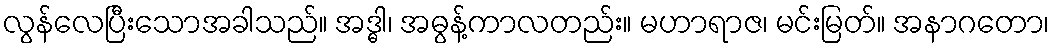
လွန်လေပြီးသောအခါသည်။ အဒ္ဓါ၊ အဓွန့်ကာလတည်း။ မဟာရာဇ၊ မင်းမြတ်။ အနာဂတော၊